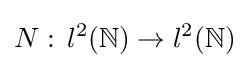
N:\,l^{2}(\mathbb {N} )\to l^{2}(\mathbb {N} )